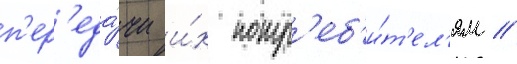
п'ер'еда́чи и́х потр'еб'и́т'ел'ям //